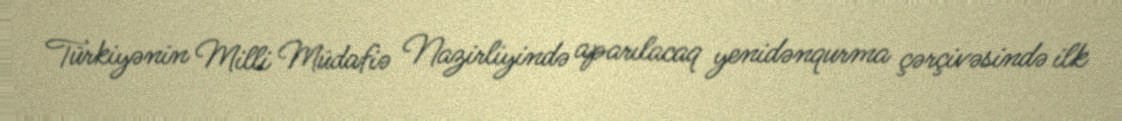
Türkiyənin Milli Müdafiə Nazirliyində aparılacaq yenidənqurma çərçivəsində ilk